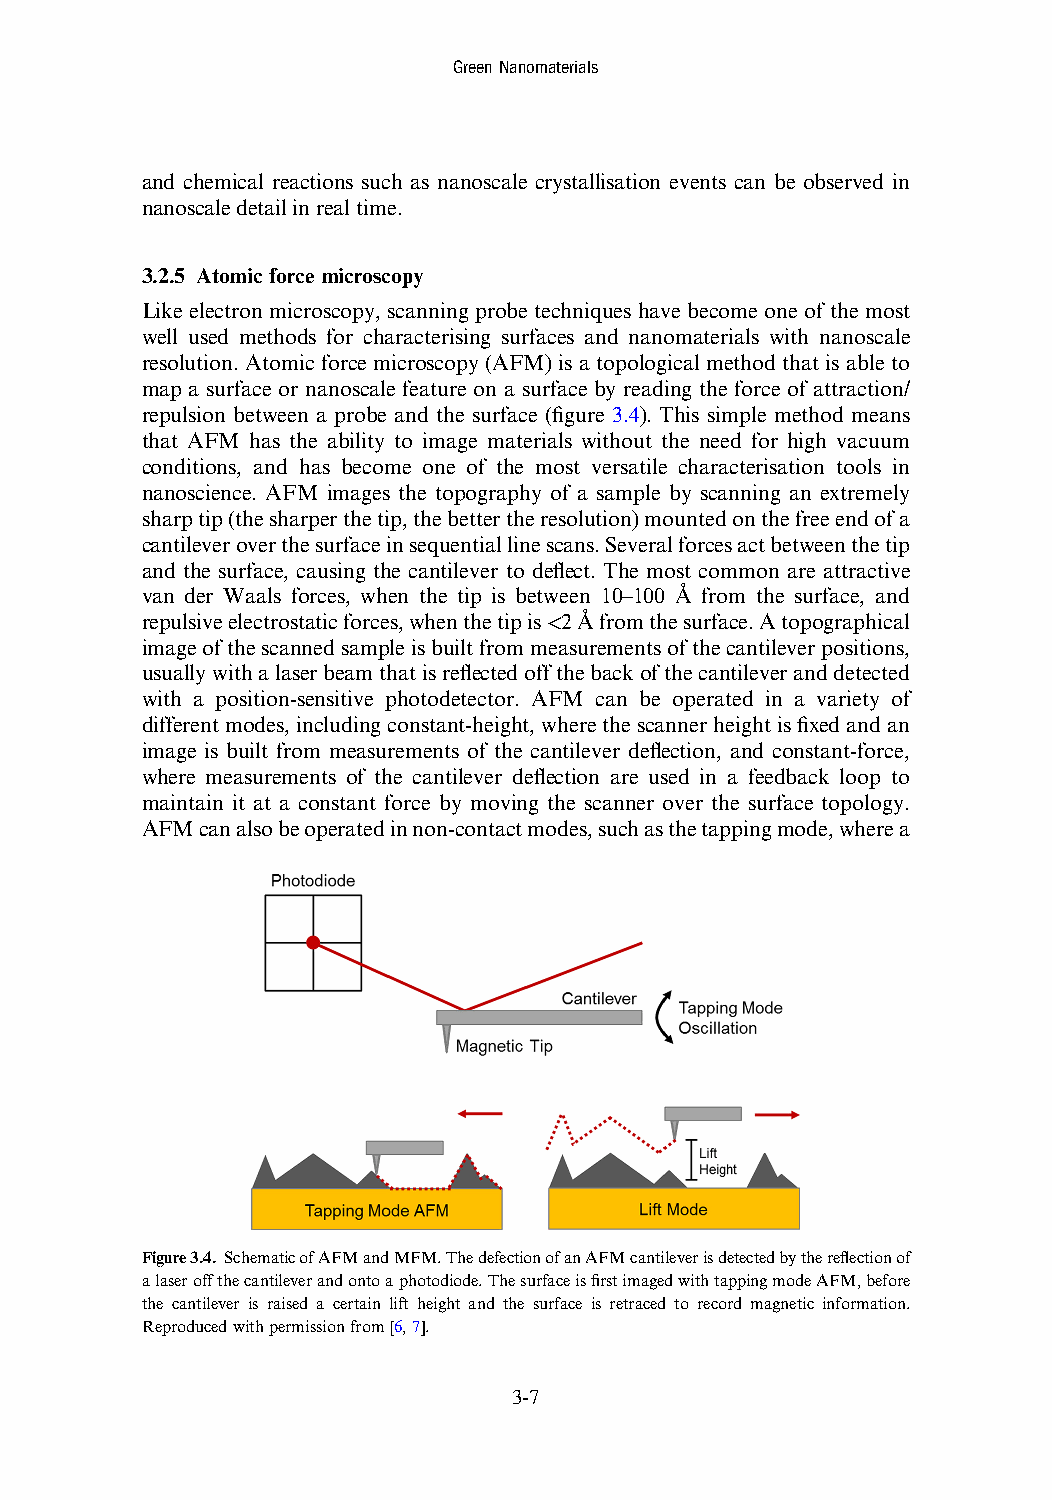
GreenNanomaterials
 and chemical reactions such as nanoscale crystallisation events can be observed in
 nanoscaledetailinrealtime.
 3.2.5 Atomic force microscopy
 Like electron microscopy, scanning probe techniques have become one of the most
 well used methods for characterising surfaces and nanomaterials with nanoscale
 resolution. Atomic force microscopy (AFM) is a topological method that is able to
 map a surface or nanoscale feature on a surface by reading the force of attraction/
 repulsion between a probe and the surface (figure 3.4). This simple method means
 that AFM has the ability to image materials without the need for high vacuum
 conditions, and has become one of the most versatile characterisation tools in
 nanoscience. AFM images the topography of a sample by scanning an extremely
 sharptip(thesharperthetip,thebettertheresolution)mountedonthefreeendofa
 cantileveroverthesurfaceinsequentiallinescans.Severalforcesactbetweenthetip
 and the surface, causing the cantilever to deflect. The most common are attractive
 van der Waals forces, when the tip is between 10–100 Å from the surface, and
 repulsiveelectrostaticforces,whenthetipis<2Åfromthesurface.Atopographical
 imageofthescannedsampleisbuiltfrommeasurementsofthecantileverpositions,
 usuallywithalaserbeamthatisreflectedoffthebackofthecantileveranddetected
 with a position-sensitive photodetector. AFM can be operated in a variety of
 differentmodes,includingconstant-height,wherethescannerheightisfixedandan
 image is built from measurements of the cantilever deflection, and constant-force,
 where measurements of the cantilever deflection are used in a feedback loop to
 maintain it at a constant force by moving the scanner over the surface topology.
 AFMcanalsobeoperatedinnon-contactmodes,suchasthetappingmode,wherea
 Figure3.4. SchematicofAFMandMFM.ThedefectionofanAFMcantileverisdetectedbythereflectionof
 alaseroffthecantileverandontoaphotodiode.ThesurfaceisfirstimagedwithtappingmodeAFM,before
 the cantilever is raised a certain lift height and the surface is retraced to record magnetic information.
 Reproducedwithpermissionfrom[6,7].
 3-7